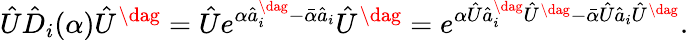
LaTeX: \hat{U}\hat{D}_{i}(\alpha)\hat{U}^{\dag}=\hat{U}e^{\alpha\hat{a}_{i}^{\dag}-\bar{\alpha}\hat{a}_{i}}\hat{U}^{\dag}=e^{\alpha\hat{U}\hat{a}_{i}^{\dag}\hat{U}^{\dag}-\bar{\alpha}\hat{U}\hat{a}_{i}\hat{U}^{\dag}}.